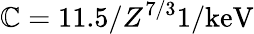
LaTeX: \mathbb{C}=11.5/Z^{7/3}\mathrm{{{1/keV}}}